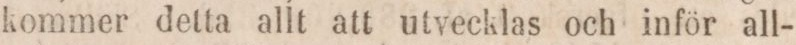
kommer detta allt att utvecklas och inför all-